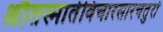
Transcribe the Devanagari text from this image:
श्रौतस्मार्तविचारसारचतुरो